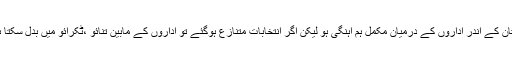
اسی طرح حالات تقاضا کرتے ہیں کہ پاکستان کے اندر اداروں کے درمیان مکمل ہم آہنگی ہو لیکن اگر انتخابات متنازع ہوگئے تو اداروں کے مابین تنائو ،ٹکرائو میں بدل سکتا ہے اور یہ اس ملک کی بڑی بدقسمتی ہوگی۔